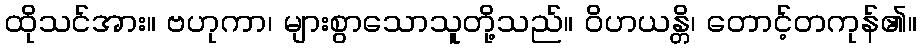
ထိုသင်အား။ ဗဟုကာ၊ များစွာသောသူတို့သည်။ ဝိဟယန္တိ၊ တောင့်တကုန်၏။